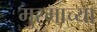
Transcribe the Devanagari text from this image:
मुरमाच्या